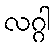
လဂ္ဂါ